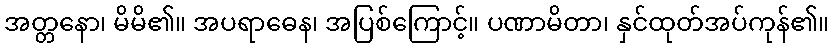
အတ္တနော၊ မိမိ၏။ အပရာဓေန၊ အပြစ်ကြောင့်။ ပဏာမိတာ၊ နှင်ထုတ်အပ်ကုန်၏။